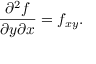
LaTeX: { \frac { \partial ^ { 2 } f } { \partial y \partial x } } = f _ { x y } .